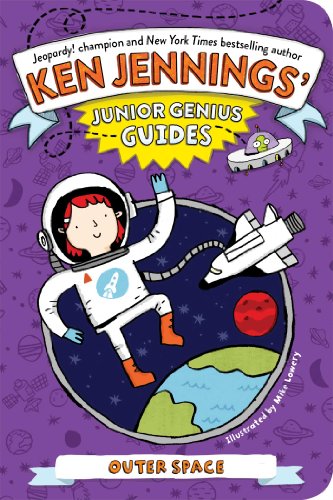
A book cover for Outer Space (Ken Jennings' Junior Genius Guides); Ken Jennings; Children's Books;